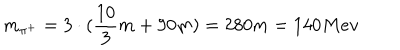
m _ { \pi ^ { + } } = 3 \cdot ( \frac { 1 0 } { 3 } m + 9 0 m ) = 2 8 0 m = 1 4 0 M e v